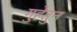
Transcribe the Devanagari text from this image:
गुहेतुन